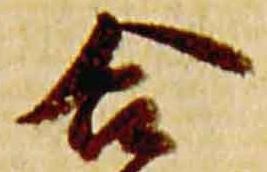
合